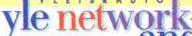
yle network